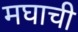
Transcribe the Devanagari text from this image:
मघाची